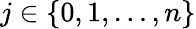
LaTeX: j\in\{ 0,1,\dotsc,n\}